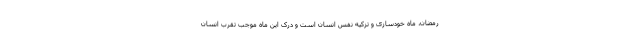
رمضان، ماه خودسازی و تزکیه نفس انسان است و درک این ماه موجب تقرب انسان